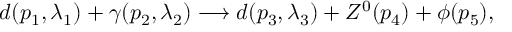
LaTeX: d ( p _ { 1 } , \lambda _ { 1 } ) + \gamma ( p _ { 2 } , \lambda _ { 2 } ) \longrightarrow d ( p _ { 3 } , \lambda _ { 3 } ) + Z ^ { 0 } ( p _ { 4 } ) + \phi ( p _ { 5 } ) ,